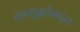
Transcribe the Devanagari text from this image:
तंत्रशुद्धतेबद्दल